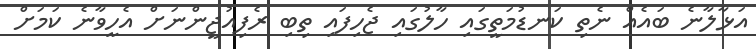
އަޅާލާނެ ބައެއް ނެތި ކަނޑުމަތީގައި ހާލުގައި ޖެހިފައި ތިބި ރެފިއުޖީންނަށް އެހީވާނެ ކަމަށް